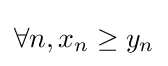
\forall n,x_{n}\geq y_{n}